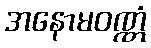
အနောမဝဏ္ဏံ